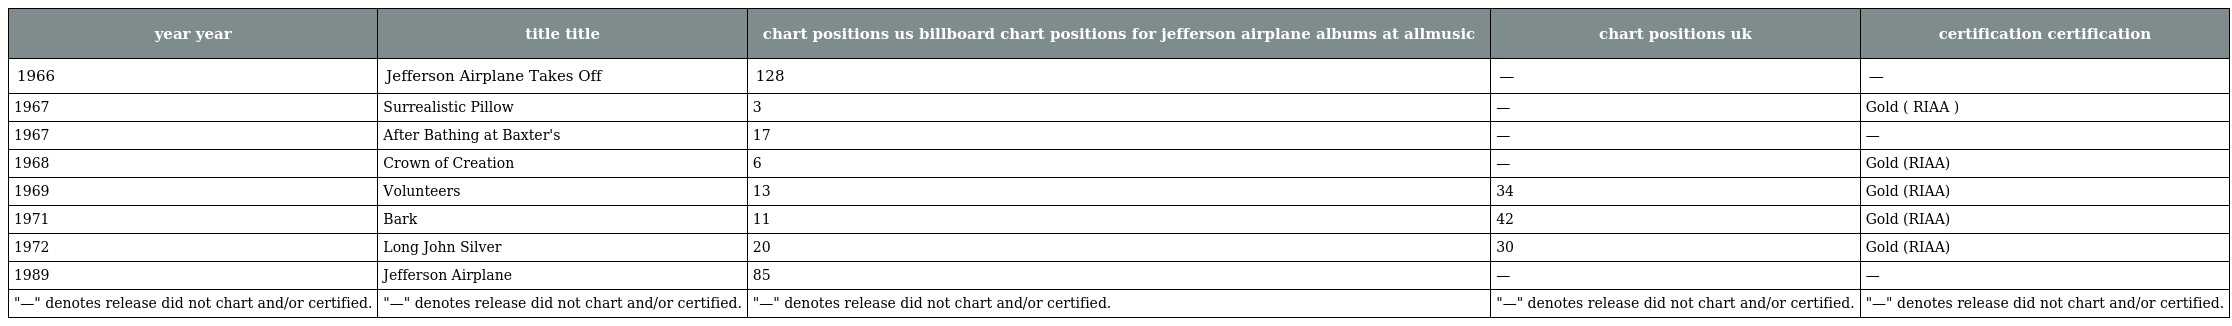
| year year | title title | chart positions us billboard chart positions for jefferson airplane albums at allmusic | chart positions uk | certification certification |
 | --- | --- | --- | --- | --- |
 | 1966 | Jefferson Airplane Takes Off | 128 | — | — |
 | 1967 | Surrealistic Pillow | 3 | — | Gold ( RIAA ) |
 | 1967 | After Bathing at Baxter's | 17 | — | — |
 | 1968 | Crown of Creation | 6 | — | Gold (RIAA) |
 | 1969 | Volunteers | 13 | 34 | Gold (RIAA) |
 | 1971 | Bark | 11 | 42 | Gold (RIAA) |
 | 1972 | Long John Silver | 20 | 30 | Gold (RIAA) |
 | 1989 | Jefferson Airplane | 85 | — | — |
 | "—" denotes release did not chart and/or certified. | "—" denotes release did not chart and/or certified. | "—" denotes release did not chart and/or certified. | "—" denotes release did not chart and/or certified. | "—" denotes release did not chart and/or certified. |